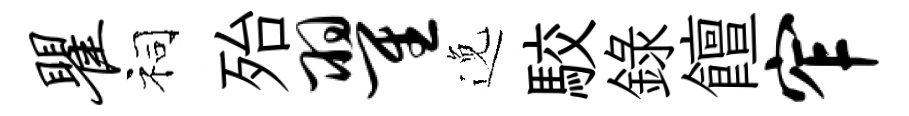
瞿祠殆翟𨓜駮録饘窄